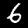
Digit: 6